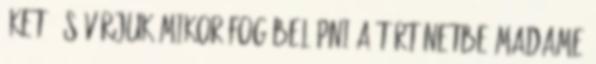
őket, és várjuk mikor fog belépni a történetbe Madame